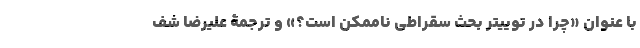
با عنوان «چرا در توییتر بحث سقراطی ناممکن است؟» و ترجمۀ علیرضا شف